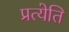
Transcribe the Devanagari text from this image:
प्रत्येति